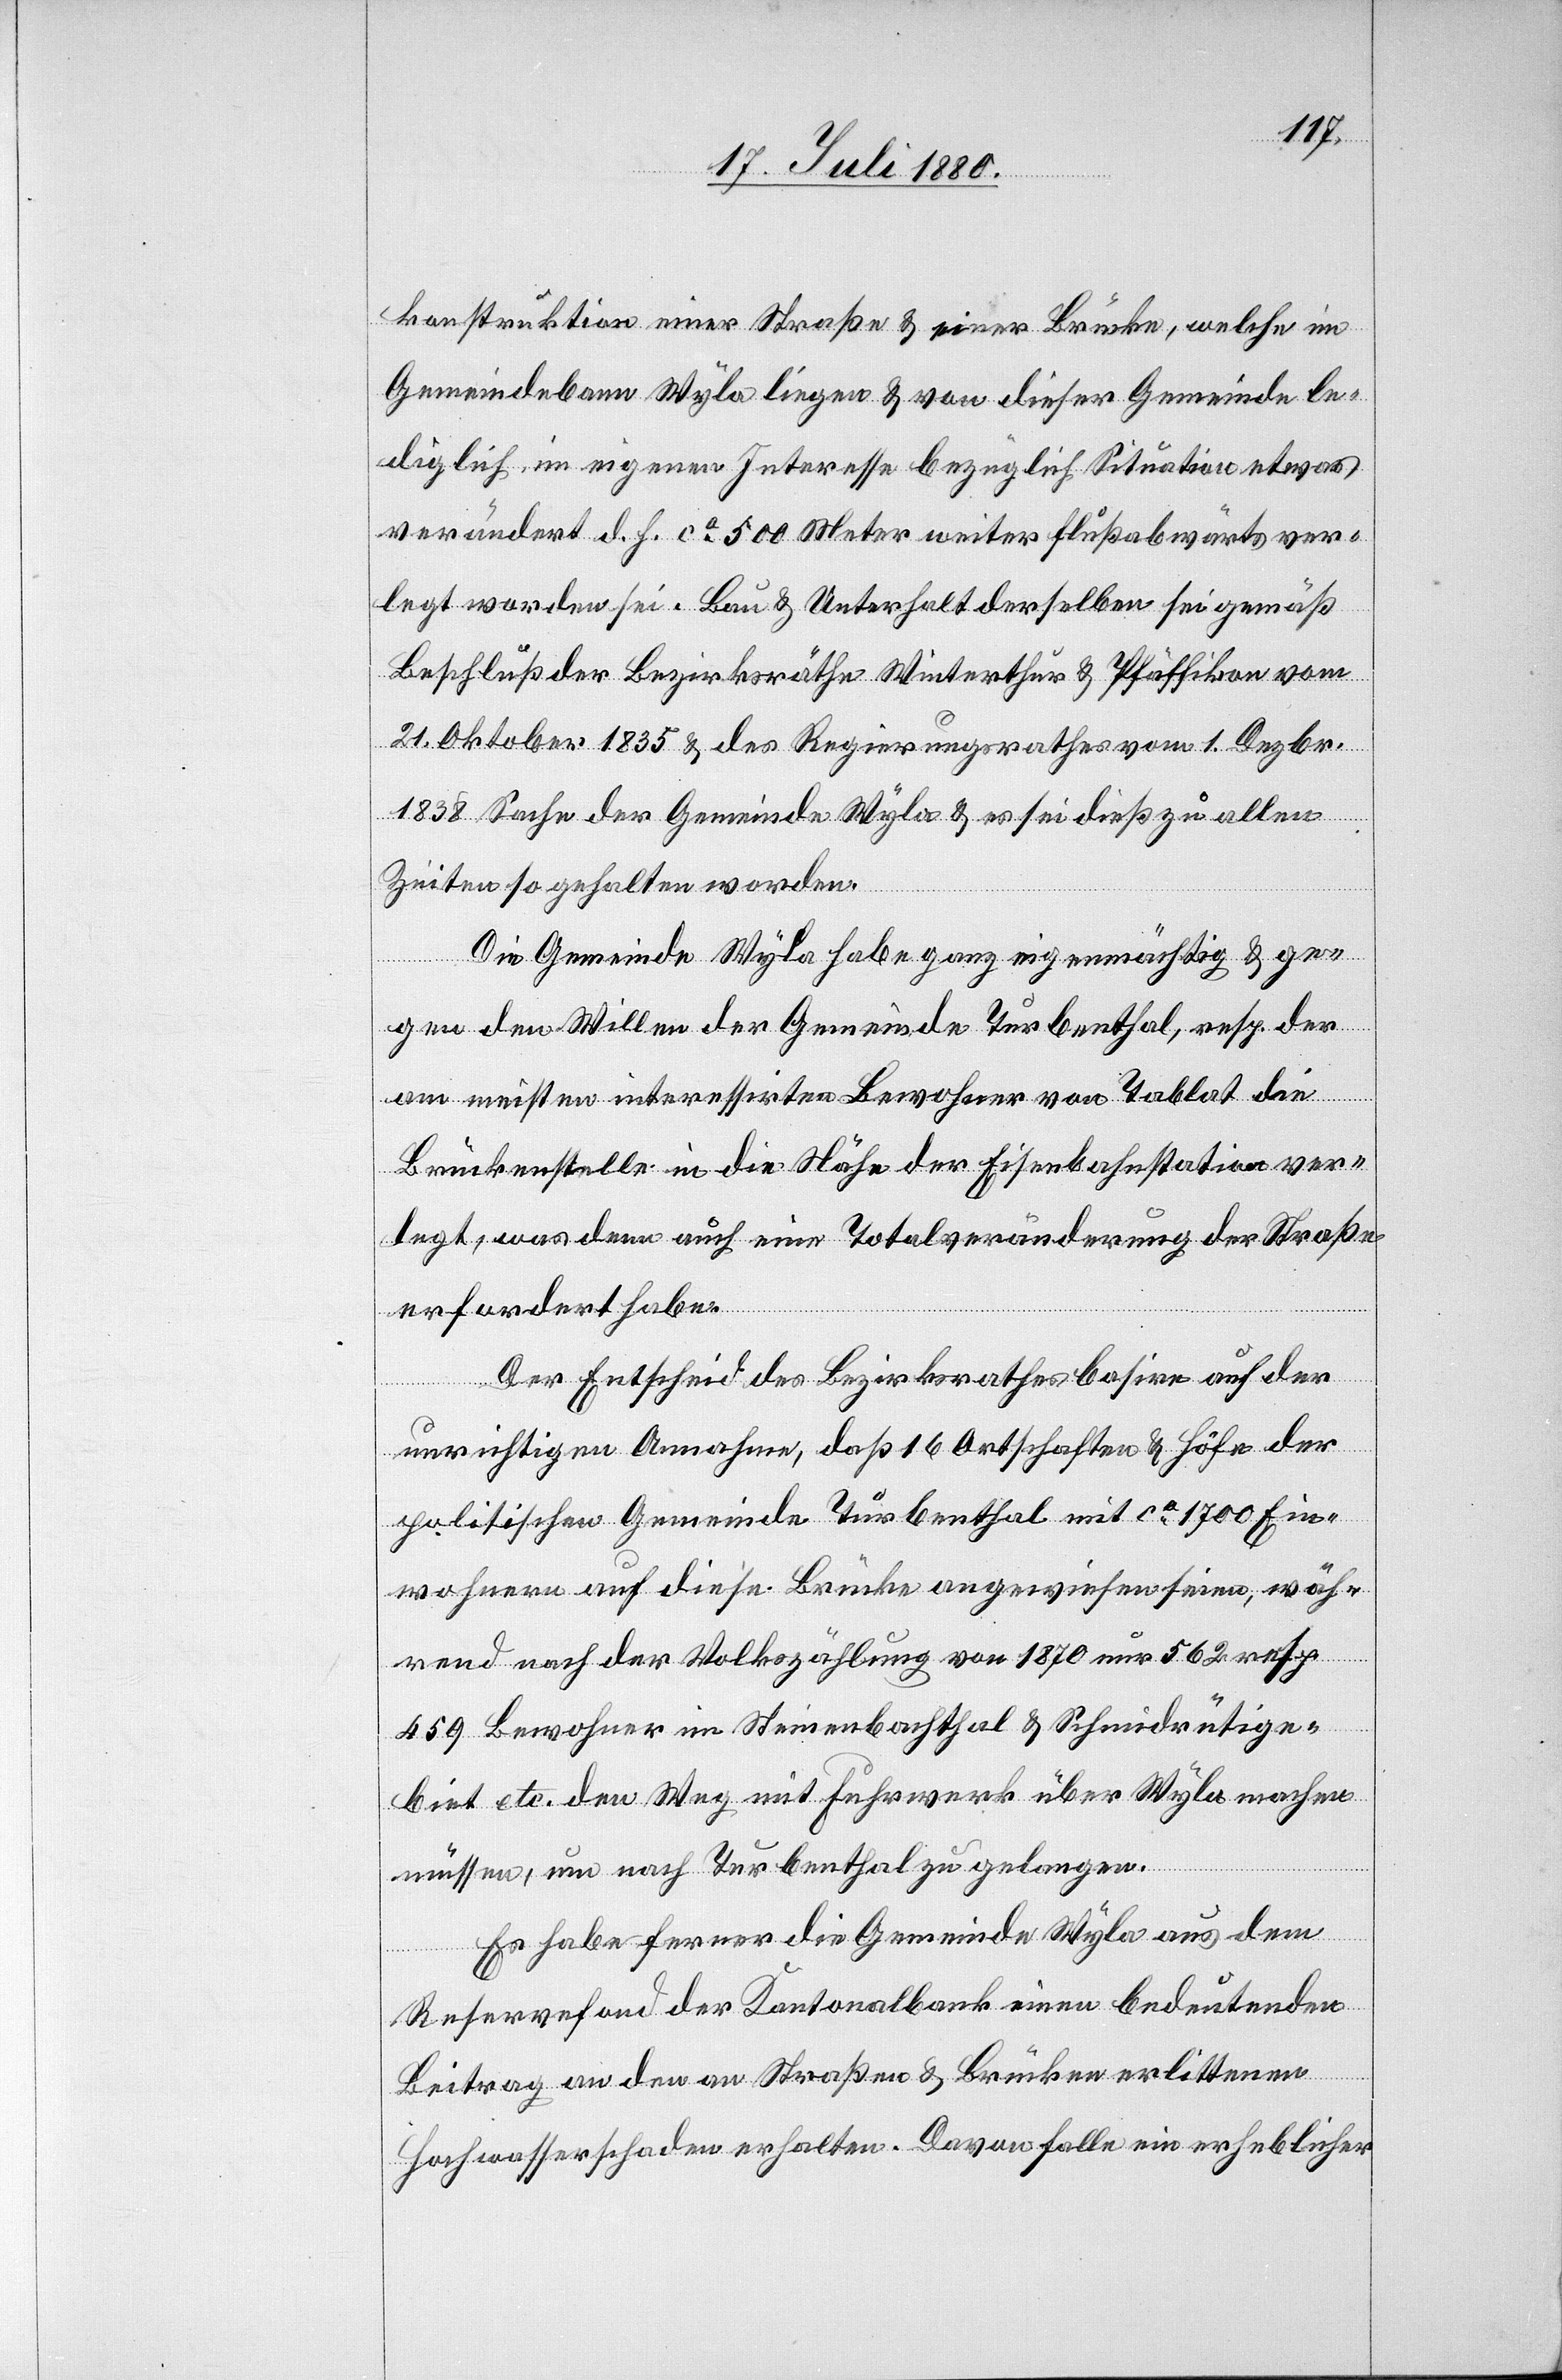
konstruktion einer Straße & einer Brücke, welche im
Gemeindebann Wyla liegen & von dieser Gemeinde le¬
diglich in eigenem Interesse bezüglich Situation etwas
verändert d. h. ca 500 Meter weiter flußabwärts ver¬
legt worden sei. Bau & Unterhalt derselben sei gemäß
Beschluß der Bezirksräthe Winterthur & Pfäffikon vom
21. Oktober 1835 & des Regierungsrathes vom 1. Dezbr.
1838 Sache der Gemeinde Wyla & es sei dieß zu allen
Zeiten so gehalten worden.
Die Gemeinde Wyla habe ganz eigenmächtig & ge¬
gen den Willen der Gemeinde Turbenthal, resp. der
am meisten interessirten Bewohner von Tablat die
Brückenstelle in die Höhe der Eisenbahnstation ver¬
legt, was denn auch eine Totalveränderung der Straße
erfordert habe.
Der Entscheid des Bezirkrathes basire auf der
unrichtigen Annahme, daß 16 Ortschaften & Höfe der
politischen Gemeinde Turbenthal mit ca 1700 Ein¬
wohnern auf diese Brücke angewiesen seien, wäh¬
rend nach der Volkszählung von 1870 nur 562 resp.
459 Bewohner im Steinenbachthal & Schmidrütige¬
biet etc. den Weg mit Fuhrwerk über Wyla machen
müssen, um nach Turbenthal zu gelangen.
Es habe ferner die Gemeinde Wyla aus dem
Reservefond der Kantonalbank einen bedeutenden
Beitrag an den an Straßen & Brücken erlittenen
Hochwasserschaden erhalten. Davon falle ein erheblicher